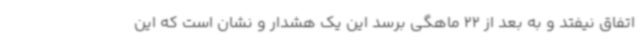
اتفاق نیفتد و به بعد از 22 ماهگی برسد این یک هشدار و نشان است که این